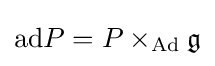
\mathrm {ad} P=P\times _{\mathrm {Ad} }{\mathfrak {g}}